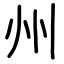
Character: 州